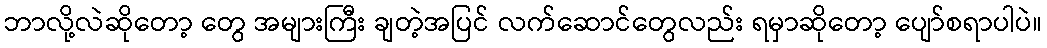
ဘာလို့လဲဆိုတော့ တွေ အများကြီး ချတဲ့အပြင် လက်ဆောင်တွေလည်း ရမှာဆိုတော့ ပျော်စရာပါပဲ။